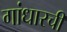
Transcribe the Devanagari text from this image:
गांधारची